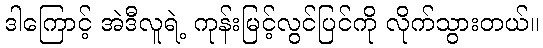
ဒါကြောင့် အဲဒီလူရဲ့ ကုန်းမြင့်လွင်ပြင်ကို လိုက်သွားတယ်။